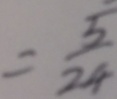
= \frac { 5 } { 2 4 }